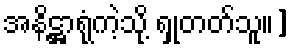
အနိဋ္ဌာရုံကဲ့သို့ ရှုတတ်သူ။]